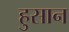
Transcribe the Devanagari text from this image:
हुसान